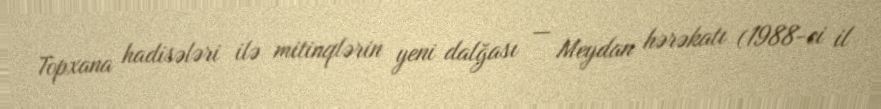
Topxana hadisələri ilə mitinqlərin yeni dalğası — Meydan hərəkatı (1988-ci il